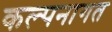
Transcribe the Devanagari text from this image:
कल्पनागत